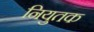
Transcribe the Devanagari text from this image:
नियुतक